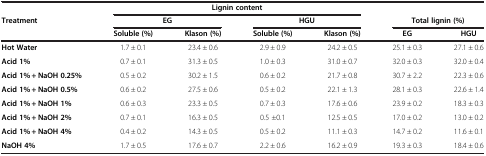
<table><thead><tr><td rowspan="2"><b>Treatment</b></td><td colspan="4"><b>Lignin content</b></td><td><b> </b></td><td><b> </b></td></tr><tr><td colspan="2"><b>EG</b></td><td colspan="2"><b>HGU</b></td><td colspan="2"><b>Total lignin (%)</b></td></tr><tr><td><b> </b></td><td><b>Soluble (%)</b></td><td><b>Klason (%)</b></td><td><b>Soluble (%)</b></td><td><b>Klason (%)</b></td><td><b>EG</b></td><td><b>HGU</b></td></tr></thead><tbody><tr><td><b>Hot Water</b></td><td>1.7 ± 0.1</td><td>23.4 ± 0.6</td><td>2.9 ± 0.9</td><td>24.2 ± 0.5</td><td>25.1 ± 0.3</td><td>27.1 ± 0.6</td></tr><tr><td><b>Acid 1%</b></td><td>0.7 ± 0.1</td><td>31.3 ± 0.5</td><td>1.0 ± 0.3</td><td>31.0 ± 0.7</td><td>32.0 ± 0.3</td><td>32.0 ± 0.4</td></tr><tr><td><b>Acid 1% + NaOH 0.25%</b></td><td>0.5 ± 0.2</td><td>30.2 ± 1.5</td><td>0.6 ± 0.2</td><td>21.7 ± 0.8</td><td>30.7 ± 2.2</td><td>22.3 ± 0.6</td></tr><tr><td><b>Acid 1% + NaOH 0.5%</b></td><td>0.6 ± 0.2</td><td>27.5 ± 0.6</td><td>0.5 ± 0.2</td><td>22.1 ± 1.3</td><td>28.1 ± 0.3</td><td>22.6 ± 1.4</td></tr><tr><td><b>Acid 1% + NaOH 1%</b></td><td>0.6 ± 0.3</td><td>23.3 ± 0.5</td><td>0.7 ± 0.3</td><td>17.6 ± 0.6</td><td>23.9 ± 0.2</td><td>18.3 ± 0.3</td></tr><tr><td><b>Acid 1% + NaOH 2%</b></td><td>0.7 ± 0.1</td><td>16.3 ± 0.5</td><td>0.5 ±0.1</td><td>12.5 ± 0.5</td><td>17.0 ± 0.2</td><td>13.0 ± 0.2</td></tr><tr><td><b>Acid 1% + NaOH 4%</b></td><td>0.4 ± 0.2</td><td>14.3 ± 0.5</td><td>0.5 ± 0.2</td><td>11.1 ± 0.3</td><td>14.7 ± 0.2</td><td>11.6 ± 0.1</td></tr><tr><td><b>NaOH 4%</b></td><td>1.7 ± 0.5</td><td>17.6 ± 0.7</td><td>2.2 ± 0.6</td><td>16.2 ± 0.9</td><td>19.3 ± 0.3</td><td>18.4 ± 0.6</td></tr></tbody></table>